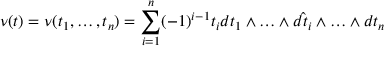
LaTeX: \nu ( t ) = \nu ( t _ { 1 } , \ldots , t _ { n } ) = \sum _ { i = 1 } ^ { n } ( - 1 ) ^ { i - 1 } t _ { i } d t _ { 1 } \wedge \ldots \wedge \hat { d t _ { i } } \wedge \ldots \wedge d t _ { n }